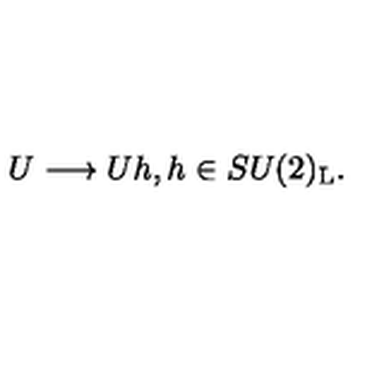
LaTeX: U \longrightarrow U h , h \in S U ( 2 ) _ { \mathrm { L } } .